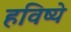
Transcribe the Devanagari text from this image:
हविष्ये